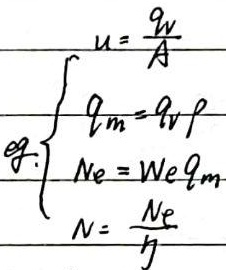
\[
\begin{cases}
\frac{G}{\partial N}=N \\
\partial M\cdot wb = \partial N \\
\int Nb = wb \\
\frac{\partial V}{Mb}=n
\end{cases}
\]